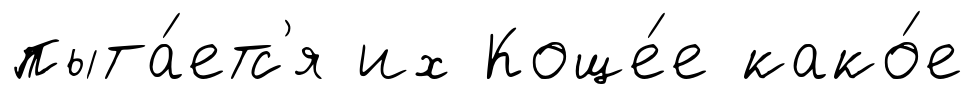
пыта́етс'я их Коще́е како́е